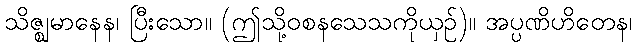
သိဇ္ဈမာနေန၊ ပြီးသော။ (ဤသို့ဝစနသေသကိုယှဉ်)။ အပ္ပဏိဟိတေန၊